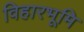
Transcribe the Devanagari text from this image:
विहारभूमि